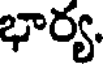
భార్య.